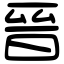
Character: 晉